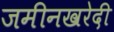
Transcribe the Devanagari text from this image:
जमीनखरेदी